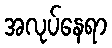
အလုပ်နေရာ